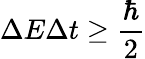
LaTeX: \Delta E\Delta t\geq{\frac{\hbar}{2}}